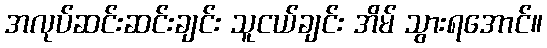
အလုပ်ဆင်းဆင်းချင်း သူငယ်ချင်း အိမ် သွားရအောင်။